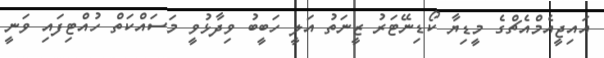
އައިޖީއެމްއެޗްގެ މީޑިޔާ ކޯޑިނޭޓަރު ޒީނަތު އަލީ ހަބީބު ވިދާޅުވީ މަސައްކަތް ހުއްޓިފައި ވަނީ